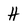
Character: H